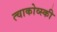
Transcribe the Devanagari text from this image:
त्चाकोव्स्की